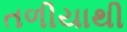
તળીયાથી